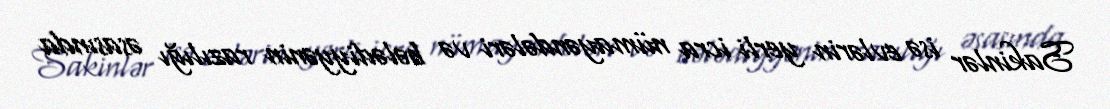
Sakinlər isə evlərin yerli icra nümayəndələri və bələdiyyənin razılığı əsasında